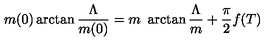
m ( 0 ) \arctan \frac { \Lambda } { m ( 0 ) } = m \ \arctan \frac { \Lambda } { m } + \frac { \pi } { 2 } f ( T )